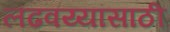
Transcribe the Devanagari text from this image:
लढवय्यांसाठी